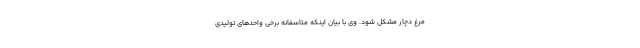
مرغ دچار مشکل شود. وی با بیان اینکه متاسفانه برخی واحد‌های تولیدی